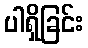
ပါရှိခြင်း